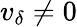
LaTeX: v_{\delta}\not=0